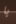
يا